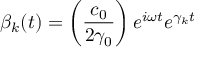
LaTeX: \beta _ { k } ( t ) = \left( \frac { c _ { 0 } } { 2 \gamma _ { 0 } } \right) e ^ { i \omega t } e ^ { \gamma _ { k } t }